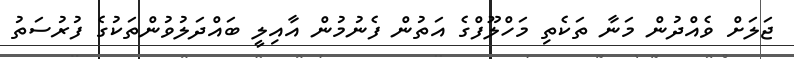
ޖަލަށް ވެއްދުން މަނާ ތަކެެތި މަހްލޫފްގެ އަތުން ފެނުމުން އާއިލީ ބައްދަލުވުންތަކުގެ ފުރުސަތު